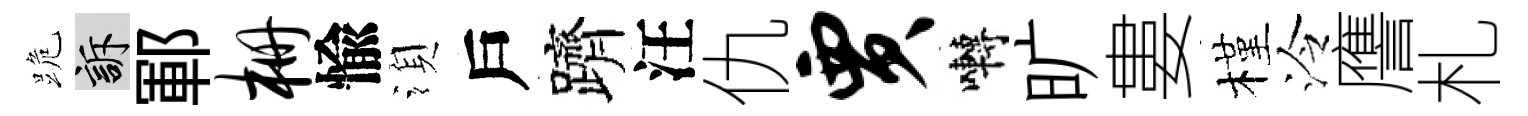
跪訴鄆栅愉湏戶躋汪仇贾囀旷婁槿泠譍札